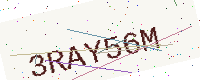
Text: 3RAY56M